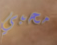
محبي